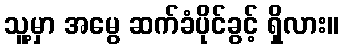
သူ့မှာ အမွေ ဆက်ခံပိုင်ခွင့် ရှိလား။